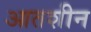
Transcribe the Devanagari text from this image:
आतशीन